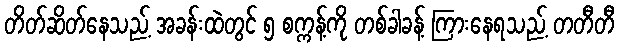
တိတ်ဆိတ်နေသည့် အခန်းထဲတွင် ၅ စက္ကန့်ကို တစ်ခါခန့် ကြားနေရသည့် တတီတီ